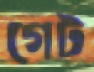
গেট